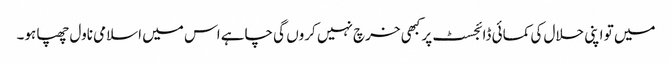
میں تو اپنی حلال کی کمائی ڈائجسٹ پر کبھی خرچ نہیں کروں گی چاہے اس میں اسلامی ناول چھپا ہو۔